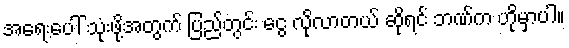
အရေးပေါ် သုံးဖို့အတွက် ပြည်တွင်း ငွေ လိုလာတယ် ဆိုရင် ဘဏ်က ဟိုမှာပါ။